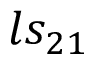
l s _ { 2 1 }